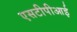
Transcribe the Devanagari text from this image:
एसटीपीआई